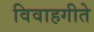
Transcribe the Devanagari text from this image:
विवाहगीते